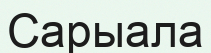
Сарыала